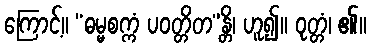
ကြောင့်။ “ဓမ္မစက္ကံ ပဝတ္တိတ”န္တိ၊ ဟူ၍။ ဝုတ္တံ၊ ၏။